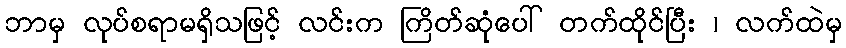
ဘာမှ လုပ်စရာမရှိသဖြင့် လင်းက ကြိတ်ဆုံပေါ် တက်ထိုင်ပြီး ၊ လက်ထဲမှ